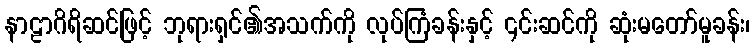
နာဠာဂိရိဆင်ဖြင့် ဘုရားရှင်၏အသက်ကို လုပ်ကြံခန်းနှင့် ၎င်းဆင်ကို ဆုံးမတော်မူခန်း၊